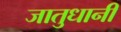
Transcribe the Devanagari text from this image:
जातुधानी